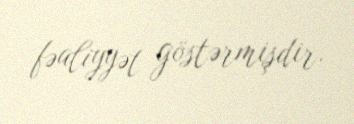
fəaliyyət göstərmişdir.